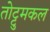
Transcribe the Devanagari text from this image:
तोट्टुमकल